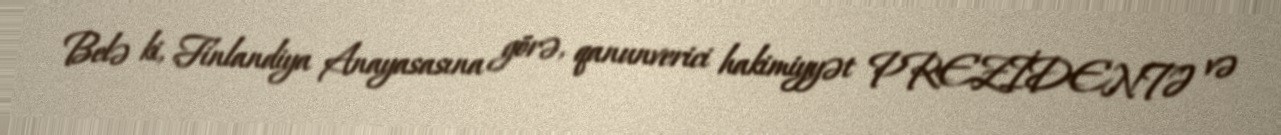
Belə ki, Finlandiya Anayasasına görə, qanunverici hakimiyyət PREZİDENTƏ və